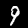
Label: 9